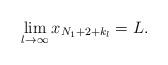
LaTeX: \begin{align*}\lim_{l\to \infty}x_{N_1+2+k_l}=L.\end{align*}